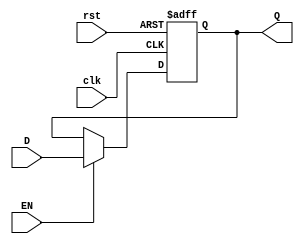
module Gated_D_latch_flip_flop (
    input wire D,
    input wire EN,
    input wire clk,
    input wire rst,
    output reg Q
);

    always @(posedge clk, posedge rst) begin
        if (rst)
            Q <= 1'b0;   // Asynchronously reset the latch output to 0
        else if (EN)
            Q <= D;      // Update the latch output with data input when enable input is high
    end

endmodule